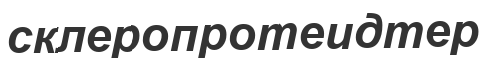
склеропротеидтер